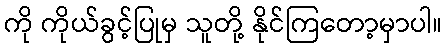
ကို ကိုယ်ခွင့်ပြုမှ သူတို့ နိုင်ကြတော့မှာပါ။